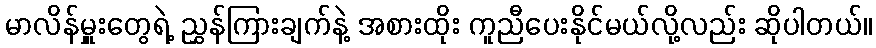
မာလိန်မှူးတွေရဲ့ ညွှန်ကြားချက်နဲ့ အစားထိုး ကူညီပေးနိုင်မယ်လို့လည်း ဆိုပါတယ်။